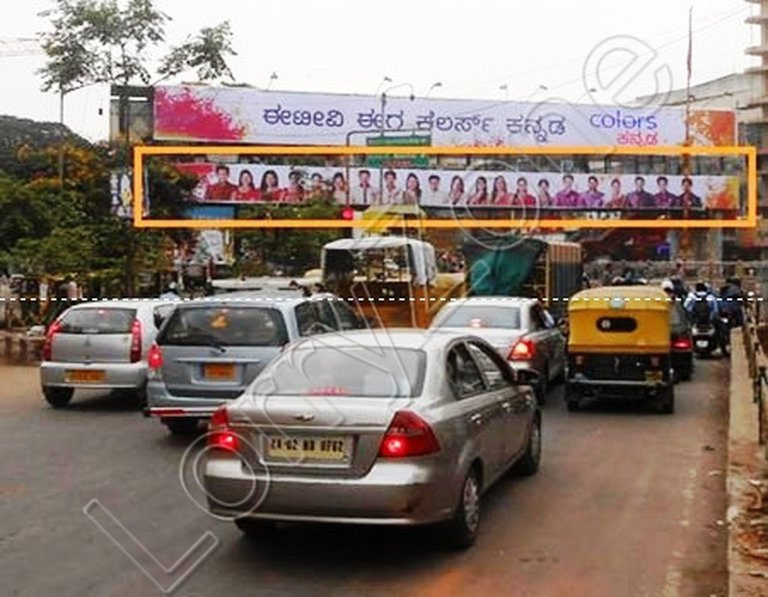
Language: kannada
Transcription: ಈಟೀವಿ ಈಗ ಕನ್ನಡ ಕಲರ್ಸ್